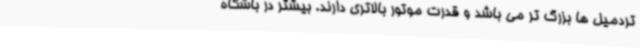
تردمیل ها بزرگ تر می باشد و قدرت موتور بالاتری دارند. بیشتر در باشگاه